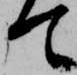
て